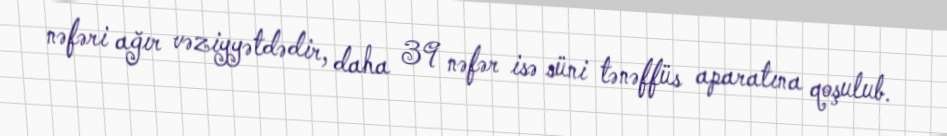
nəfəri ağır vəziyyətdədir, daha 39 nəfər isə süni tənəffüs aparatına qoşulub.